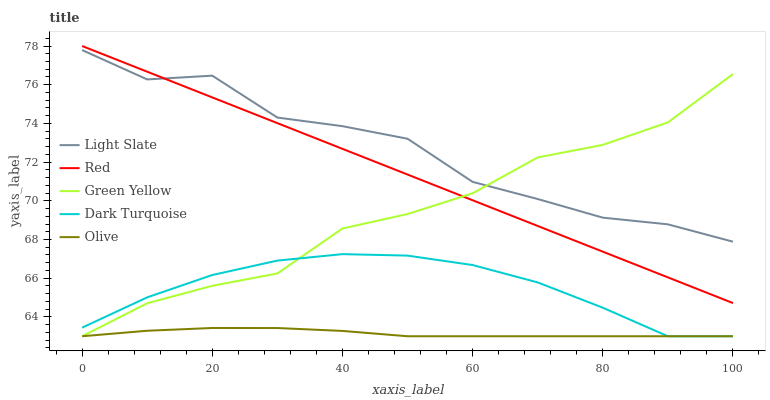
| xaxis_label | Light Slate | Red | Green Yellow | Dark Turquoise | Olive |
 | --- | --- | --- | --- | --- | --- |
 | 0 | 77.8 | 78 | 63 | 63.4 | 63 |
 | 10 | 76.3 | 76.7 | 64.7 | 65 | 63.3 |
 | 20 | 76.5 | 75.3 | 65.6 | 66.2 | 63.4 |
 | 30 | 74.3 | 74 | 66.2 | 66.9 | 63.4 |
 | 40 | 73.9 | 72.7 | 68.6 | 67.2 | 63.3 |
 | 50 | 73.2 | 71.4 | 69.3 | 67.2 | 63 |
 | 60 | 71 | 70 | 70.4 | 66.7 | 63 |
 | 70 | 70.1 | 68.7 | 72.2 | 65.8 | 63 |
 | 80 | 69.1 | 67.4 | 72.9 | 64.5 | 63 |
 | 90 | 68.8 | 66 | 74.1 | 63 | 63 |
 | 100 | 67.9 | 64.7 | 76.6 | 63 | 63 |